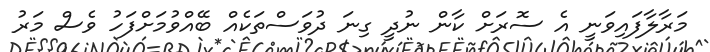
މަރާލާފައިވަނީ އެ ސޮރަށް ކާން ނުދީ ގިނަ ދުވަސްތަކެއް ބޭއްވުމަށްފަހު ވެސް މަރު